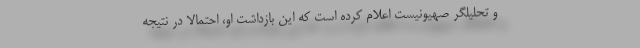
و تحلیلگر صهیونیست اعلام کرده است که این بازداشت او، احتمالا در نتیجه